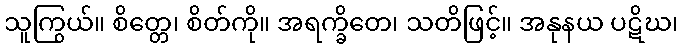
သူကြွယ်။ စိတ္တေ၊ စိတ်ကို။ အရက္ခိတေ၊ သတိဖြင့်။ အနုနယ ပဋိဃ၊